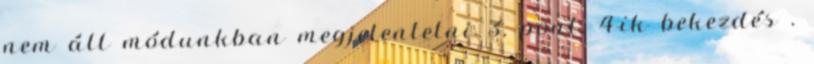
nem áll módunkban megjelentetni 3. pont, 4-ik bekezdés .